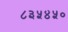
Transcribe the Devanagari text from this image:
८३५४५०